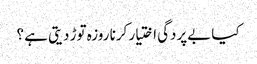
کیا بےپردگی اختیار کرنا روزہ توڑ دیتی ہے ؟